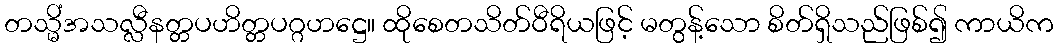
တသ္မိံအသလ္လီနတ္တပဟိတ္တပဂ္ဂဟဋ္ဌေ။ ထိုစေတသိတ်ဝီရိယဖြင့် မတွန့်သော စိတ်ရှိသည်ဖြစ်၍ ကာယိက